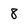
Character: 8